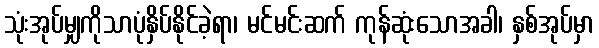
သုံးအုပ်မျှကိုသာပုံနှိပ်နိုင်ခဲ့ရာ၊ မင်မင်းဆက် ကုန်ဆုံးသောအခါ၊ နှစ်အုပ်မှာ